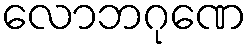
လောဘဂုဏေ